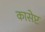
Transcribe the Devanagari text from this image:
कासेप्ट